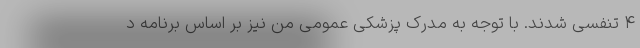
۴ تنفسی شدند. با توجه به مدرک پزشکی عمومی من نیز بر اساس برنامه د